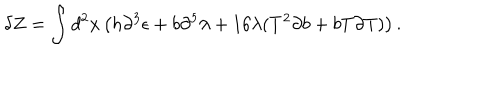
\delta Z = \int d ^ { 2 } x \left( h \partial ^ { 3 } \epsilon + b \partial ^ { 5 } \lambda + 1 6 \lambda ( T ^ { 2 } \partial b + b T \partial T ) \right) .